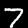
Digit: 7